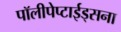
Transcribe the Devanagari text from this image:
पॉलीपेप्टाईड्सना